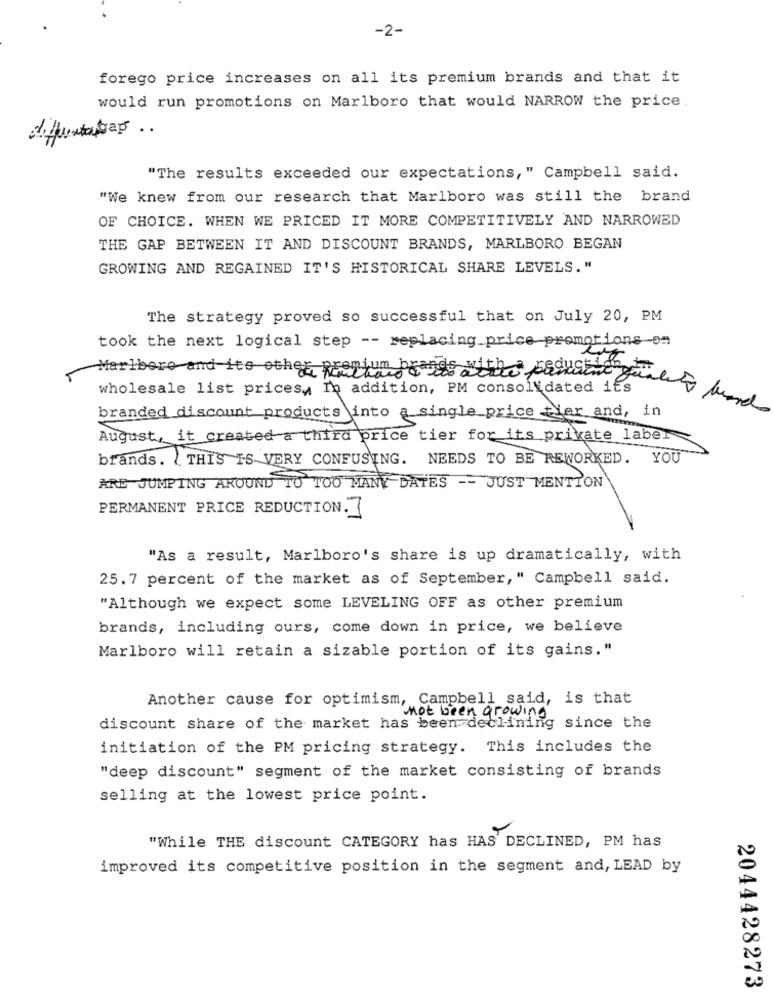
-2-
forego price increases on all its premium brands and that it
would run promotions on Marlboro that would NARROW the price.
"The results exceeded our expectations," Campbell said.
"We knew from our research that Marlboro was still the brand
OF CHOICE. WHEN WE PRICED IT MORE COMPETITIVELY AND NARROWED
THE GAP BETWEEN IT AND DISCOUNT BRANDS, MARLBORO BEGAN
GROWING AND REGAINED IT'S HISTORICAL SHARE LEVELS."
The strategy proved so successful that on July 20, PM
took the next logical step -- replacing price promotions on
Marlboro and its other Renkum brands with paduatiene
wholesale list prices, In addition, PM consolidated its
branded discount products into a single price tier and, in
August, it created a third price tier for its private label
brands. { THIS IS VERY CONFUSING. NEEDS TO BE REWORKED. YOU"
ARE JUMPING AROUND TO TOO MANY DATES -- JUST MENTION
PERMANENT PRICE REDUCTION. ]
"As a result, Marlboro's share is up dramatically, with
25.7 percent of the market as of September, " Campbell said.
"Although we expect some LEVELING OFF as other premium
brands, including ours, come down in price, we believe
Marlboro will retain a sizable portion of its gains."
Another cause for optimism, Campbell said, is that
not been growing
discount share of the market has been declining since the
initiation of the PM pricing strategy. This includes the
"deep discount" segment of the market consisting of brands
selling at the lowest price point.
"While THE discount CATEGORY has HAS DECLINED, PM has
improved its competitive position in the segment and, LEAD by
2044428273